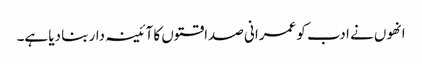
انھوں نے ادب کو عمرانی صداقتوں کا آئینہ دار بنا دیا ہے۔